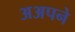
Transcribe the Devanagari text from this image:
अअपने